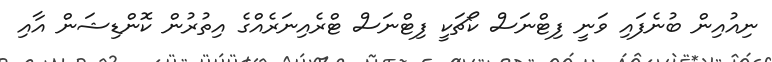
ނިއުއިން ބުނެފައި ވަނީ ފިޓްނަސް ކޯޗަކީ ފިޓްނަސް ޓްރެއިނަރެއްގެ އިތުރުން ކޮންޑިޝަން އާއި